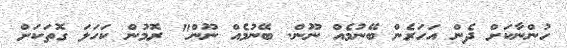
ހުންނާކަށް ދެން އަހަރެން ބޭނުމެއް ނޫން. ބޭނުމެއް ނޫން" ރޮމުން ކަހަލަ ގޮތަކަށް